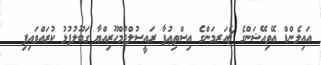
އައިލެންޑް އޭވިއޭޝަންގެ ޗެއަރމަންގެ އިސްތިޢުފާ ރައީސުލްޖުމްހޫރިއްޔާ ގަބޫލުފުޅު ކުރައްވައިފި